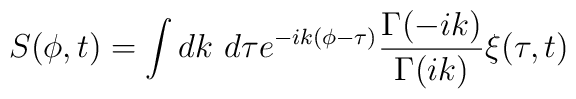
S(\phi,t) = \int dk~d\tau e^{-ik(\phi-\tau)}{\Gamma (-ik) \over \Gamma (ik)} \xi (\tau,t)